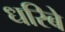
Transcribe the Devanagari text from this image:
धरिबे